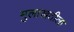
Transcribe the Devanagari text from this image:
मुलाखतीला